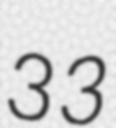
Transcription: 33